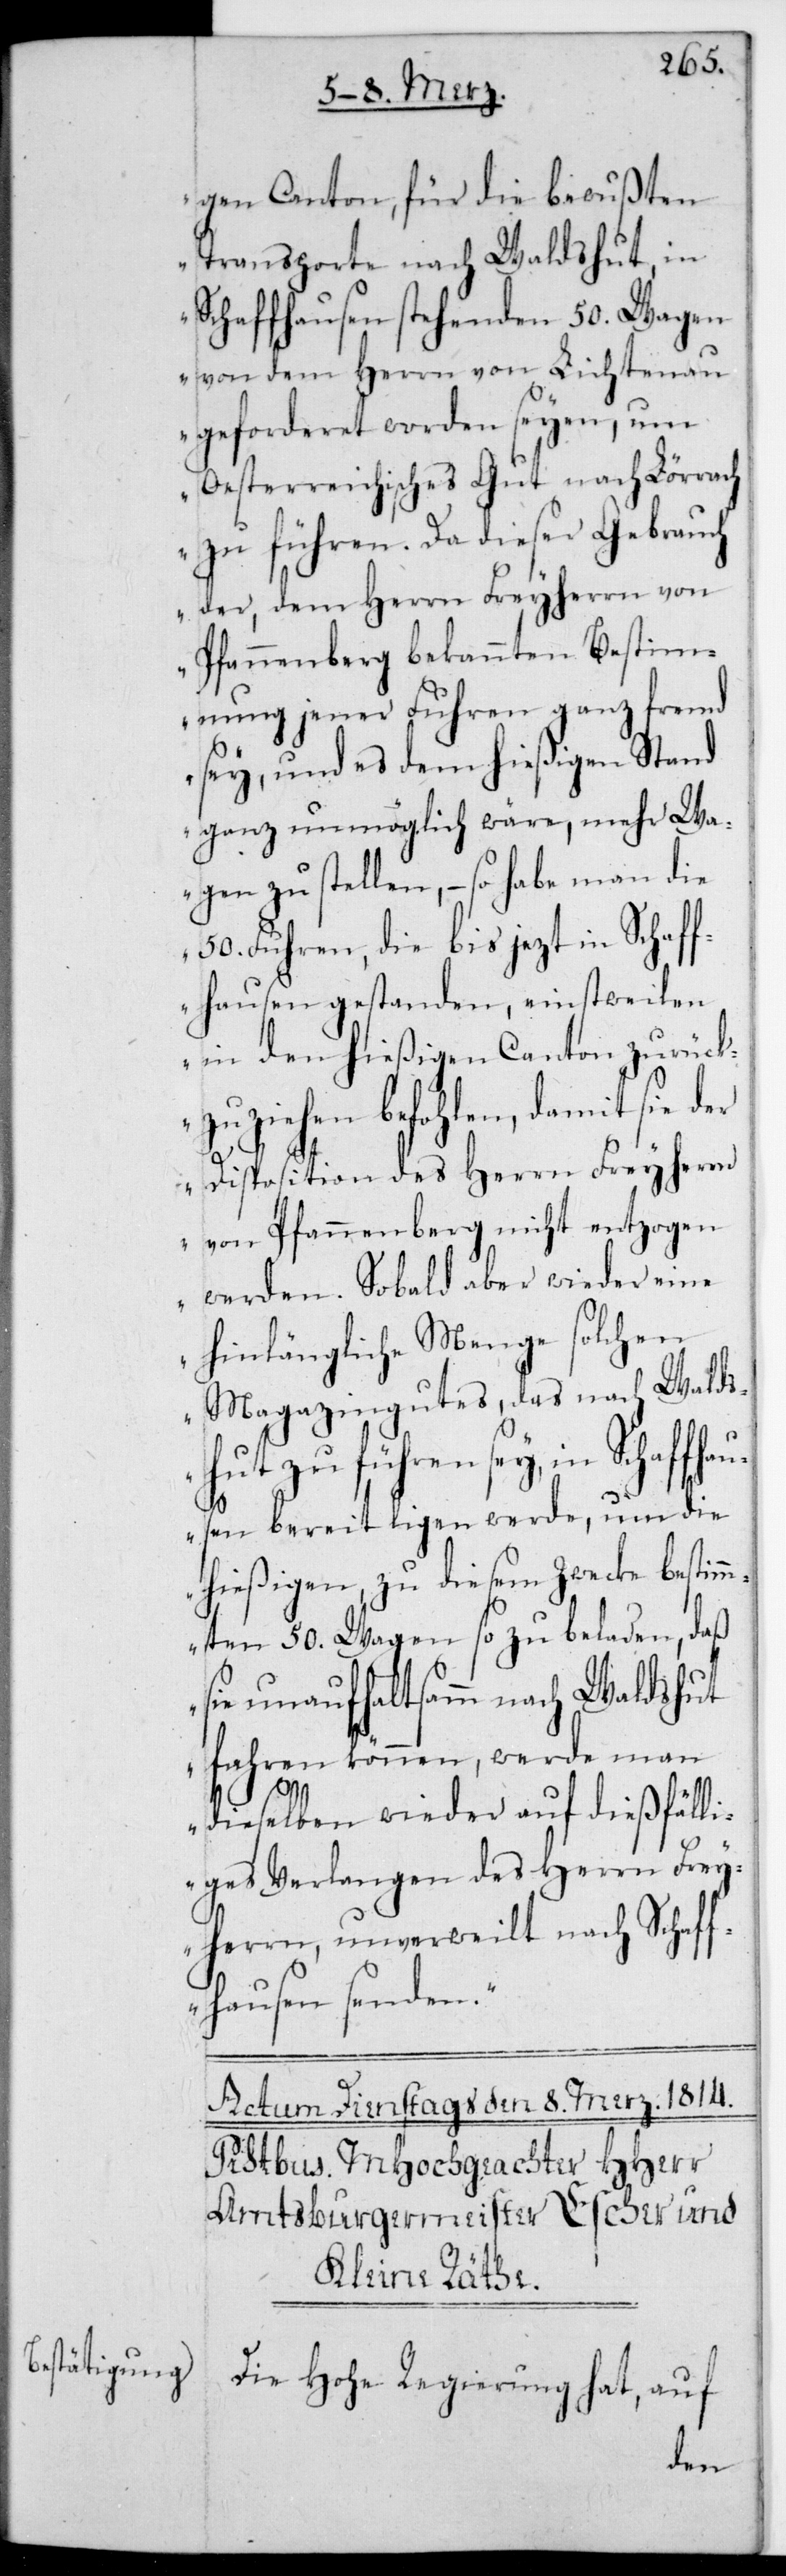
gen Canton, für die bewußten
Transporte nach Waldshut, in
Schaffhausen stehende 50. Wagen
von dem Herrn von Lichtenau
geforderet worden seyen, um
Oesterreichisches Gut nach Lörrach
zu führen. Da dieser Gebrauch
der, dem Herrn Freiherrn von
Pfannenberg bekannten Bestimm¬
ung jener Fuhren ganz fremd
sey, und es dem hießigen Stand
ganz unmöglich wäre, mehr Wa¬
gen zu stellen, – so habe man die
50. Fuhren, die bis jetzt in Schaff¬
hausen gestanden, einstweilen
in den hießigen Canton zurück¬
zuziehen befohlen, damit sie der
Disposition des Herrn Freiherrn
von Pfannenberg nicht entzogen
werden. Sobald aber wieder eine
hinlängliche Menge solchen
Magazingutes, das nach Walds¬
führen sey, in Schaffha¬
usen bereit liegen werde, um die
hießigen, zu diesem Zecke bestim¬
mten 50 Wagen so zu beladen, daß
sie unaufhaltsam nach Waldshut
fahren können, werde man
hut
dieselben wieder auf dießfälli¬
ges Verlangen des Herrn Frei¬
herrn, unverweilt nach Schaff¬
hausen senden“.
Die Hohe Regierung hat, auf